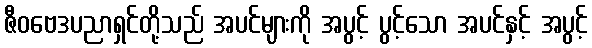
ဇီဝဗေဒပညာရှင်တို့သည် အပင်များကို အပွင့် ပွင့်သော အပင်နှင့် အပွင့်